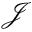
\mathcal { J }